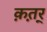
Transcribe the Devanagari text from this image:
क़त़र्